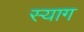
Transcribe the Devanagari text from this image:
स्याग